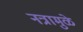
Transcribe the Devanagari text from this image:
नत्रामुळे